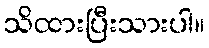
သိထားပြီးသားပါ။